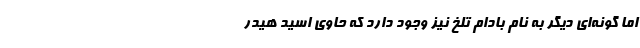
اما گونه‌اي ديگر به نام بادام تلخ نيز وجود دارد كه حاوي اسيد هيدر